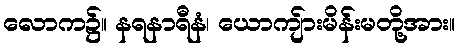
လောက၌။ နရနာရီနံ၊ ယောကျ်ားမိန်းမတို့အား။